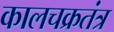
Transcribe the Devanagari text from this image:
कालचक्रतंत्र